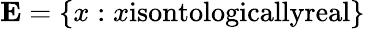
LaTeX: \textbf{E}=\{ x:x\textnormal{isontologicallyreal}\}